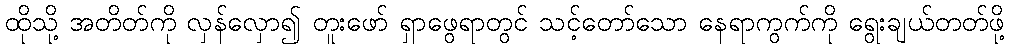
ထိုသို့ အတိတ်ကို လှန်လှော၍ တူးဖော် ရှာဖွေရာတွင် သင့်တော်သော နေရာကွက်ကို ရွေးချယ်တတ်ဖို့